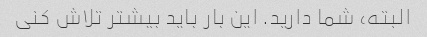
البته، شما دارید. این بار باید بیشتر تلاش کنی